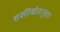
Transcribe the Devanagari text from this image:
शक्तीस्रोतानुसार